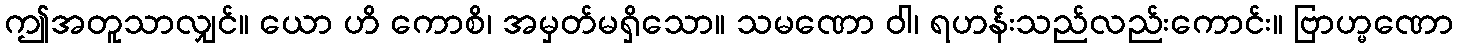
ဤအတူသာလျှင်။ ယော ဟိ ကောစိ၊ အမှတ်မရှိသော။ သမဏော ဝါ၊ ရဟန်းသည်လည်းကောင်း။ ဗြာဟ္မဏော